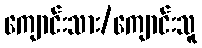
ကျောင်းသား/ကျောင်းသူ